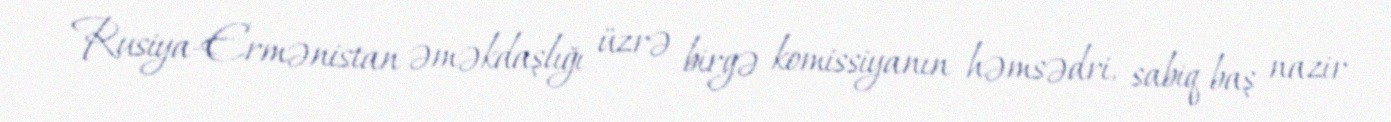
Rusiya-Ermənistan əməkdaşlığı üzrə birgə komissiyanın həmsədri, sabiq baş nazir